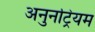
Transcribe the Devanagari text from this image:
अनुनट्रियम